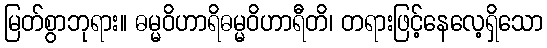
မြတ်စွာဘုရား။ ဓမ္မဝိဟာရိဓမ္မဝိဟာရီတိ၊ တရားဖြင့်နေလေ့ရှိသော